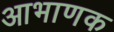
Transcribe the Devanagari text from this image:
आभाणक